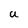
Character: U